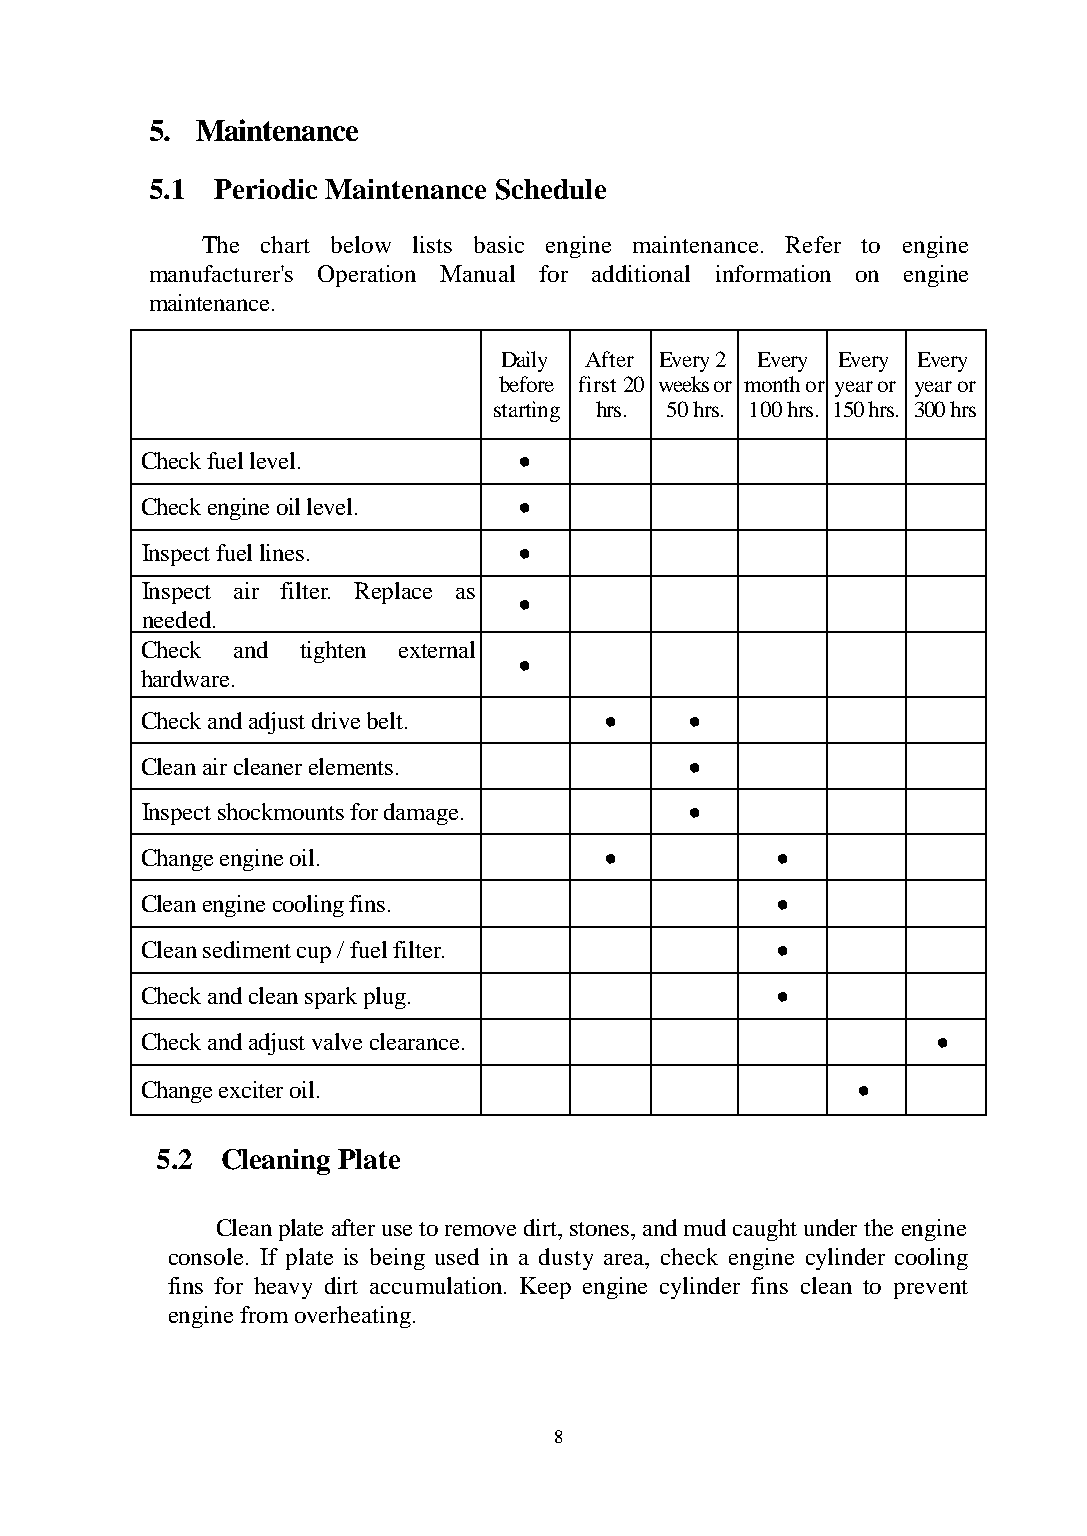
5. Maintenance
 5.1 Periodic Maintenance Schedule
 The chart below lists basic engine maintenance. Refer to engine
 manufacturer's Operation Manual for additional information on engine
 maintenance.
 Daily After Every 2 Every Every Every
 before first 20 weeks or month or year or year or
 starting hrs. 50 hrs. 100 hrs. 150 hrs. 300 hrs
 Check fuel level.        ●
 Check engine oil level.  ●
 Inspect fuel lines.      ●
 Inspect air filter. Replace as
 ●
 needed.
 Check and  tighten external
 ●
 hardware.
 Check and adjust drive belt.   ●     ●
 Clean air cleaner elements.          ●
 Inspect shockmounts for damage.      ●
 Change engine oil.             ●          ●
 Clean engine cooling fins.                ●
 Clean sediment cup / fuel filter.         ●
 Check and clean spark plug.               ●
 Check and adjust valve clearance.                    ●
 Change exciter oil.                             ●
 5.2  Cleaning Plate
 Clean plate after use to remove dirt, stones, and mud caught under the engine
 console. If plate is being used in a dusty area, check engine cylinder cooling
 fins for heavy dirt accumulation. Keep engine cylinder fins clean to prevent
 engine from overheating.
 8